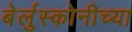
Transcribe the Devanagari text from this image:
बेर्लुस्कोनीच्या